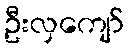
ဦးလှကျော်